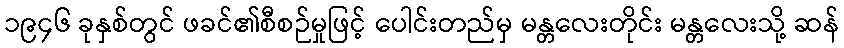
၁၉၄၆ ခုနှစ်တွင် ဖခင်၏စီစဉ်မှုဖြင့် ပေါင်းတည်မှ မန္တလေးတိုင်း မန္တလေးသို့ ဆန်